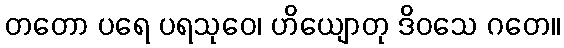
တတော ပရေ ပရသုဝေ၊ ဟိယျောတု ဒိဝသေ ဂတေ။